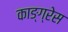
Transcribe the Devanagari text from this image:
काङ्ग्रेस